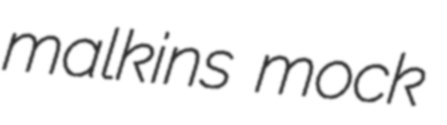
malkins mock